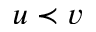
u \prec v